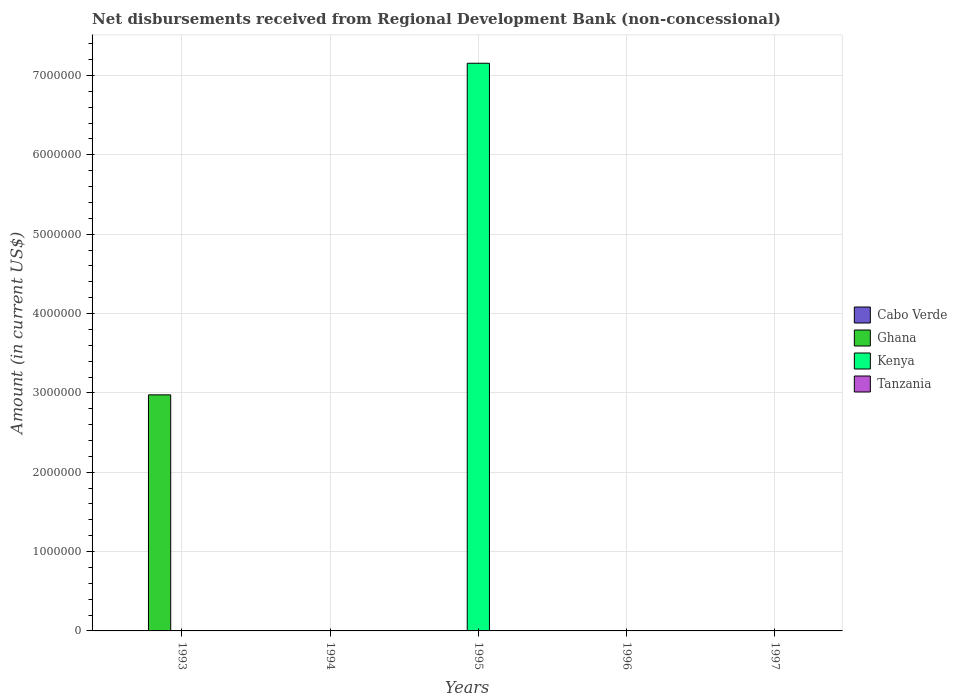
| Years | Cabo Verde | Ghana | Kenya | Tanzania |
 | --- | --- | --- | --- | --- |
 | 1993 | -1.25e+06 | 2.98e+06 | -8.44e+06 | -3.17e+06 |
 | 1994 | -1.93e+06 | -5.3e+05 | -1.14e+06 | -4.63e+05 |
 | 1995 | -1.07e+06 | -5.31e+06 | 7.15e+06 | -1.88e+07 |
 | 1996 | -1.24e+06 | -9.4e+06 | -7.53e+06 | -3.17e+06 |
 | 1997 | -1.26e+06 | -1.27e+07 | -6.35e+06 | -8.35e+05 |